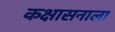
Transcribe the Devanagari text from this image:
कक्षासनाला